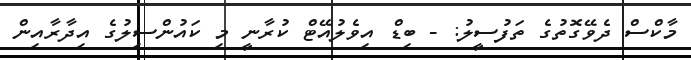
މާކްސް ދެވޭގޮތުގެ ތަފުސީލު: - ބިޑް އިވެލުއޭޓް ކުރާނީ މި ކައުންސިލުގެ އިދާރާއިން